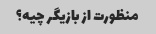
منظورت از بازیگر چیه؟